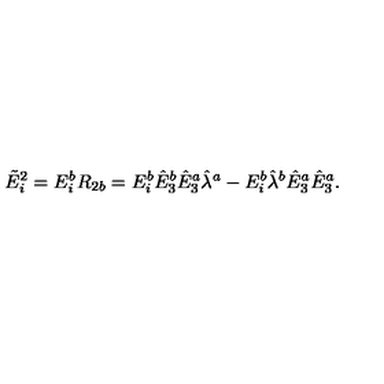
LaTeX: \tilde { E } _ { i } ^ { 2 } = E _ { i } ^ { b } R _ { 2 b } = E _ { i } ^ { b } \hat { E } _ { 3 } ^ { b } \hat { E } _ { 3 } ^ { a } \hat { \lambda } ^ { a } - E _ { i } ^ { b } \hat { \lambda } ^ { b } \hat { E } _ { 3 } ^ { a } \hat { E } _ { 3 } ^ { a } .